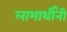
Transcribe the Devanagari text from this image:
लाभार्थींनी